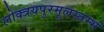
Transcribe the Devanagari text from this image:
लोक्त्रयपुरमूलस्तम्भं